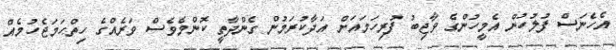
އެހެނަސް ފުލުހުން އެމީހުންގެ ވާޖިބު ފުރިހަމައަށް އަދާކުރަމުން ގެންދާތީ ކޮންމެވެސް ވަރެއްގެ ހިތްހަމަޖެހުމެއް